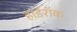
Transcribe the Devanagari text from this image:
हार्डरॉक